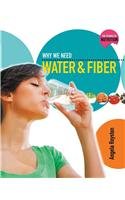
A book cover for Why We Need Water and Fiber (Science of Nutrition); Angela Royston; Health, Fitness & Dieting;